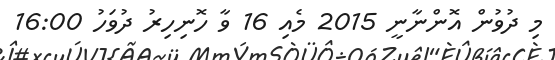
މި ދުވުން އޮންނާނީ 2015 މެއި 16 ވާ ހޮނިހިރު ދުވަހު 16:00